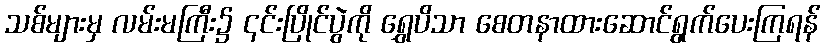
သစ်များမှ လမ်းမကြီး၌ ၎င်းပြိုင်ပွဲကို ရွှေပိသာ စေတနာထားဆောင်ရွက်ပေးကြရန်